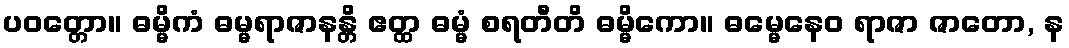
ပဝတ္တော။ ဓမ္မိကံ ဓမ္မရာဇာနန္တိ ဧတ္ထ ဓမ္မံ စရတီတိ ဓမ္မိကော။ ဓမ္မေနေဝ ရာဇာ ဇာတော, န